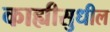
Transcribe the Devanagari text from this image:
काह्यीसुधील